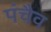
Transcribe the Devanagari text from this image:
पंचैव